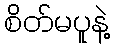
စိတ်မပူနဲ့